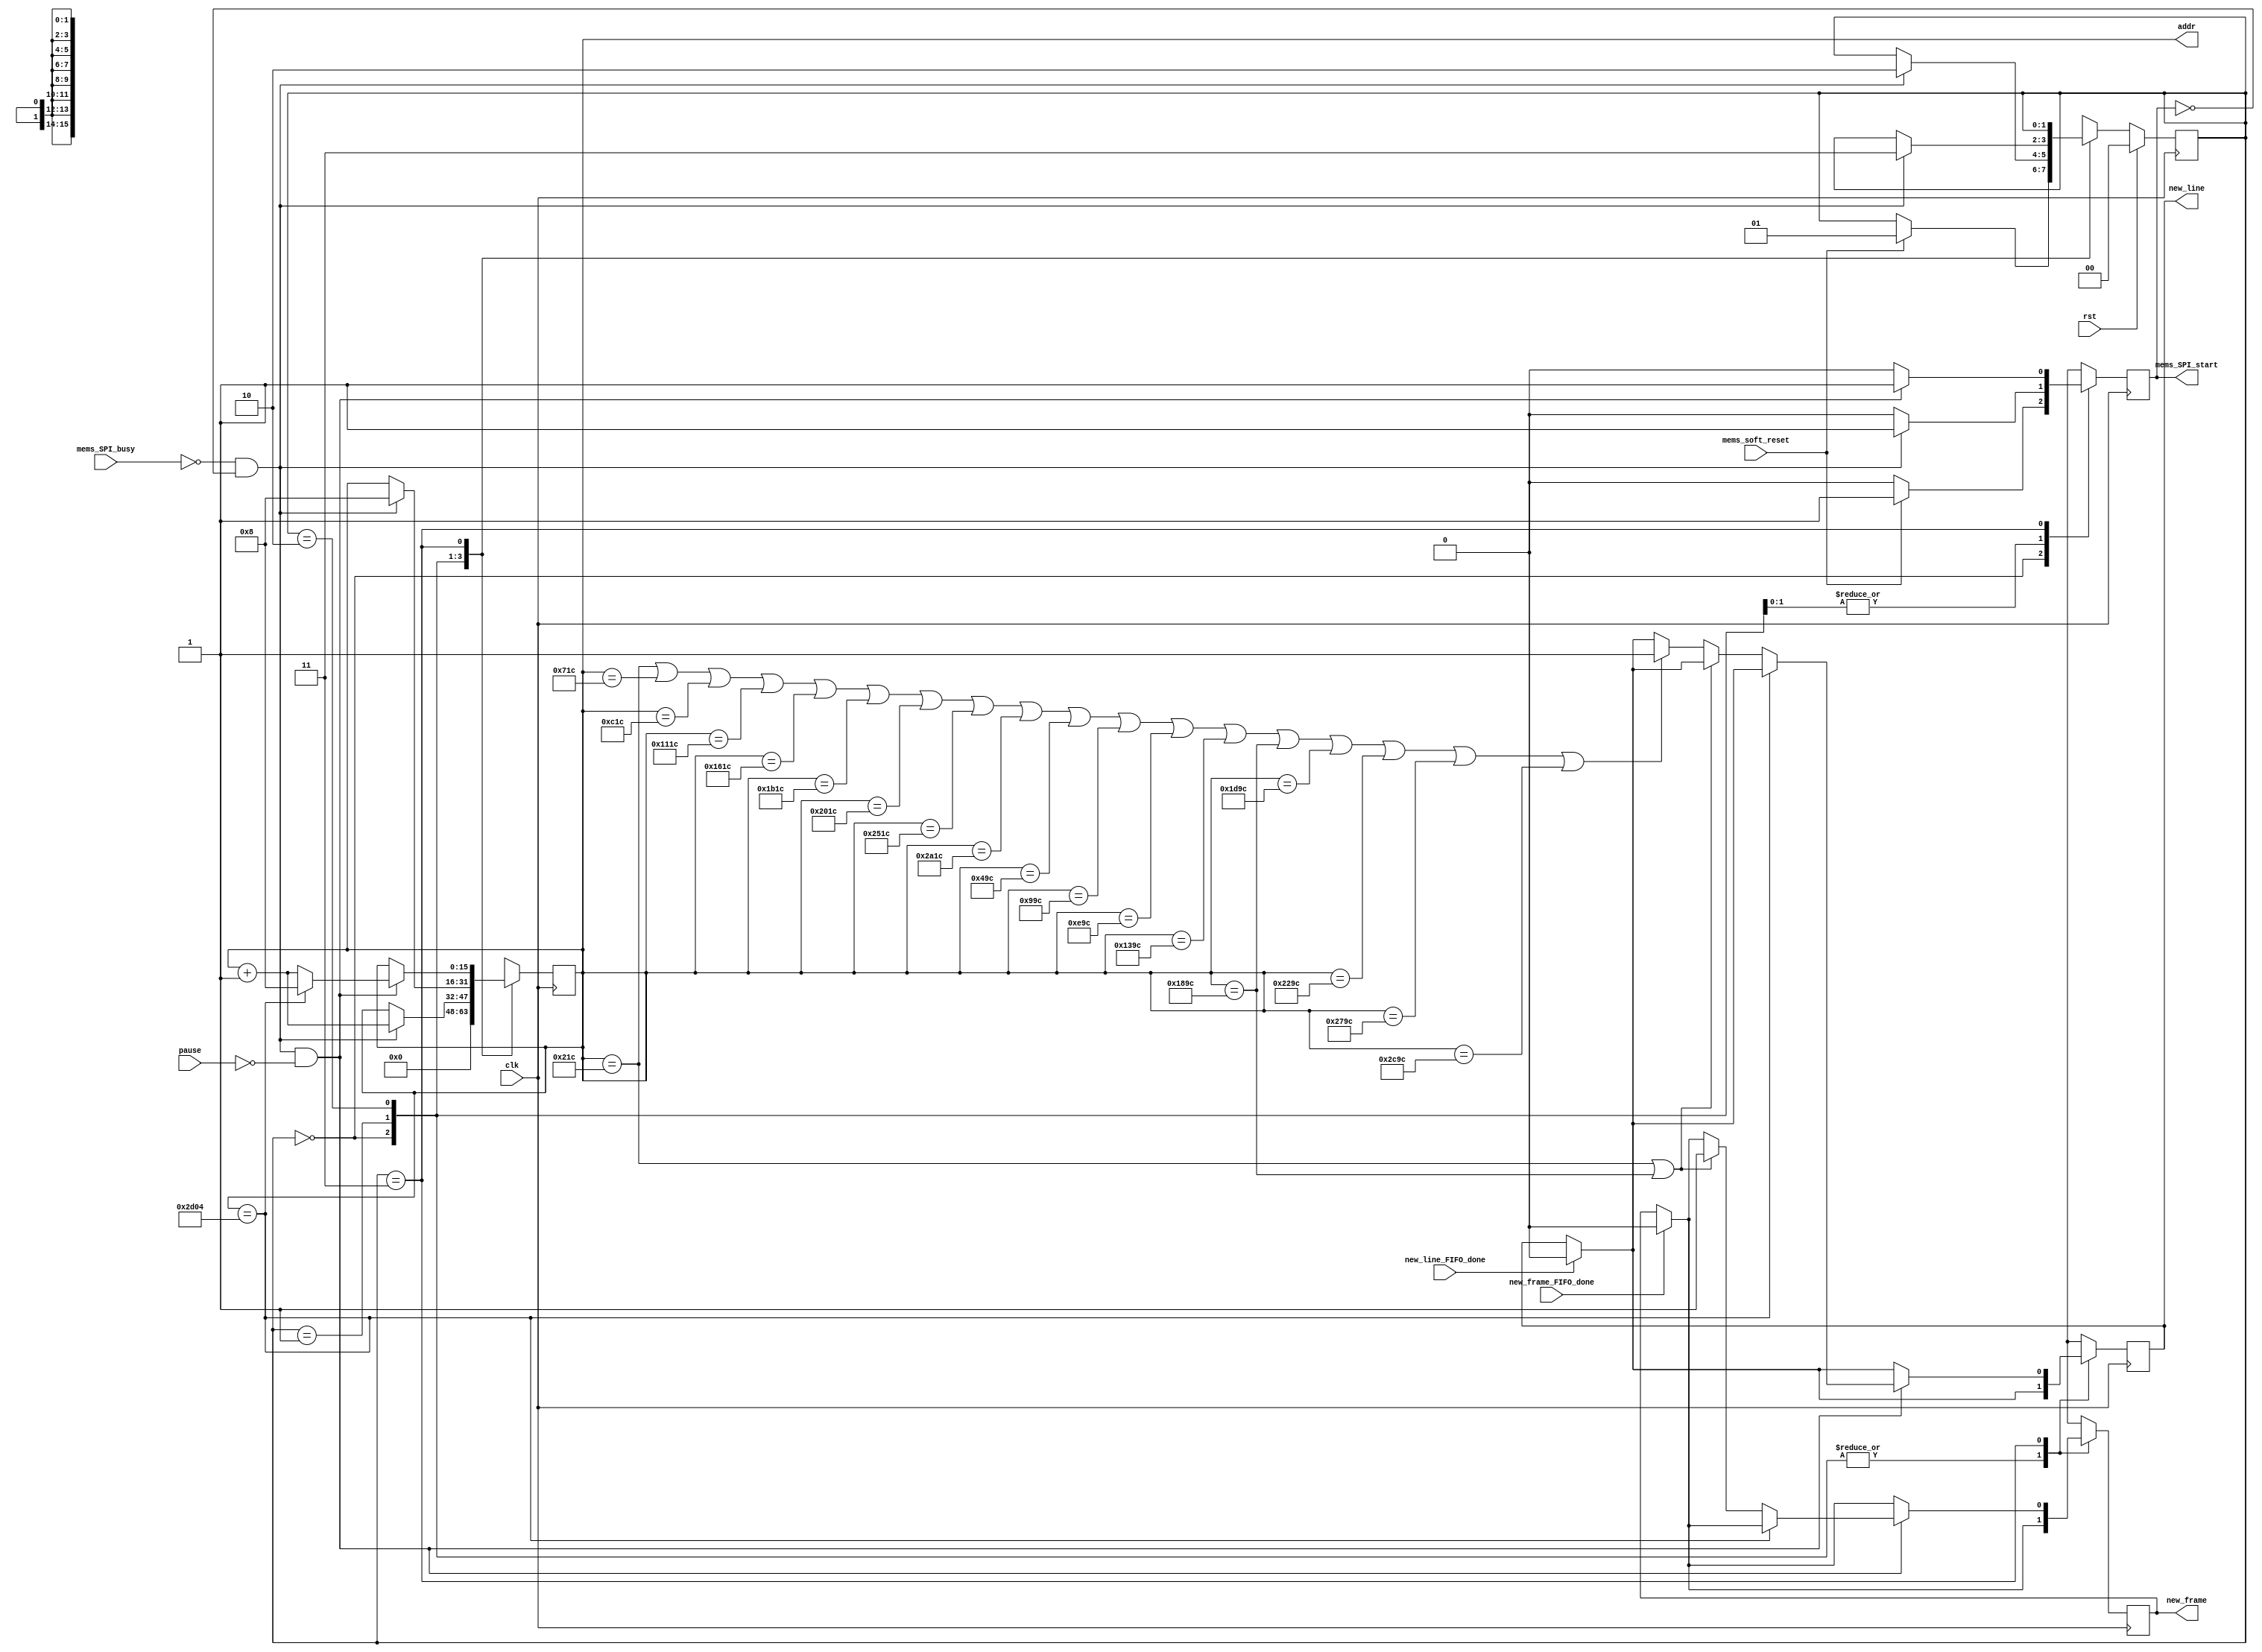
module mems_control_6 (
    // INPUT
    input clk,
    input rst,
    input pause,
    input mems_SPI_busy,
    input mems_soft_reset,
    input new_line_FIFO_done,
    input new_frame_FIFO_done,
    // input go_home,

    // OUTPUT
    output mems_SPI_start,
    // output [23:0] data_mosi,
    output new_line,
    output new_frame,
    output [15:0] addr
  );
  
  reg new_line_d, new_line_q;//=1'b0;
  reg new_frame_d, new_frame_q;//=1'b0;
  
  assign mems_SPI_start=mems_SPI_start_q;

  assign new_line = new_line_q;
  assign new_frame = new_frame_q;

  assign addr = addr_q;
  
  localparam STATE_SIZE = 2;
  localparam IDLE = 2'd0,
    SOFTWARE_RESET = 2'd1,
    VREF_SETUP = 2'd2,
    SET_CHANNEL = 2'd3;
 
  reg [STATE_SIZE-1:0] state_d, state_q;
  reg [15:0] addr_d, addr_q;
  reg mems_SPI_start_d, mems_SPI_start_q; 

  reg play_d, play_q;
  wire rom_scan_is_done;




  always @(*) begin

    // if (new_line_FIFO_done==1'b1 && new_line_q==1'b1) begin
    if (new_line_FIFO_done==1'b1) begin
      new_line_d=1'b0; // latch here is not fine (if at the same time 2 modules -> problem)
    end else begin
      new_line_d = new_line_q;
    end

    if (new_frame_FIFO_done==1'b1) begin
      new_frame_d=1'b0; // latch here is not fine
    end else begin
      new_frame_d = new_frame_q;
    end

    state_d = state_q; // default values
    addr_d = addr_q;   // needed to prevent latches
    play_d = play_q;

    case (state_q)
      IDLE: begin
        addr_d = 4'b0;
        mems_SPI_start_d=1'b0;
        if (mems_soft_reset==1'b1) begin
          state_d = SOFTWARE_RESET;
          mems_SPI_start_d=1'b1;
        end
      end // IDLE

      SOFTWARE_RESET: begin
        mems_SPI_start_d=1'b0;
        if (!mems_SPI_busy && mems_SPI_start_q == 1'b0) begin 
          addr_d=addr_q+1'b1;
          state_d = VREF_SETUP;
          mems_SPI_start_d = 1'b1;
        end
      end // SOFTWARE_RESET

      VREF_SETUP: begin // we hav problem with DAC, change its ref voltage from external to internal and vice versa -> have to send command for external one all time.
        mems_SPI_start_d=1'b0;
        if (!mems_SPI_busy && mems_SPI_start_q == 1'b0) begin 
          addr_d = 16'd8;//addr_q + 1'b1; // will be 2 in SET_CHANNEL
          state_d = SET_CHANNEL;
          mems_SPI_start_d = 1'b1;
        end
      end // VREF_SETUP

      SET_CHANNEL: begin
                play_d=1'b0;
                mems_SPI_start_d = 1'b0;

                if ((!mems_SPI_busy && mems_SPI_start_q == 1'b0) && pause==1'b0) begin 
                    mems_SPI_start_d = 1'b1;    

                    // begin from the beginning if end reached.         
                    // if (rom_scan_is_done==1'b1) begin
                    


                    if (addr_q==16'd11524) begin
                    // if (addr_q==16'd15844) begin
                         addr_d = 16'd8;  
                    end else begin
                    
// if (addr_q == 16'd623 || addr_q==16'd8623) begin
// if (addr_q == 16'd226 || addr_q==16'd3826) begin
if (addr_q == 16'd540 || addr_q==16'd6300) begin

// if (addr_q == 16'd164) begin // 6495 no overflow at all1! 6490 also no overf.

                        // if (addr_q == 16'd164 || addr_q == 16'd4964) begin // || addr_q==16'd4941) begin // 6495 no overflow at all1! 6490 also no overf.

                            new_frame_d = 1'b1;
                        end else 
// if (addr_q == 16'd562 || addr_q == 16'd2322 || addr_q == 16'd4082 || addr_q == 16'd5842 || addr_q == 16'd7602 || addr_q == 16'd1442 || addr_q == 16'd3202 || addr_q == 16'd4962 || addr_q == 16'd6722 || addr_q==16'd8482) begin
// if (addr_q == 16'd623 || addr_q == 16'd2223 || addr_q == 16'd3823 || addr_q == 16'd5423 || addr_q == 16'd7023 || addr_q == 16'd8623 || addr_q == 16'd10223 || addr_q == 16'd11823 || addr_q == 16'd13423 || addr_q == 16'd15023 || addr_q == 16'd1423 || addr_q == 16'd3023 || addr_q == 16'd4623 || addr_q == 16'd6223 || addr_q == 16'd7823 || addr_q == 16'd9423 || addr_q == 16'd11023 || addr_q == 16'd12623 || addr_q == 16'd14223 || addr_q==16'd15823) begin





// if (addr_q == 16'd436 || addr_q == 16'd1716 || addr_q == 16'd2996 || addr_q == 16'd4276 || addr_q == 16'd5556 || addr_q == 16'd6836 || addr_q == 16'd8116 || addr_q == 16'd9396 || addr_q == 16'd10676 || addr_q == 16'd1076 || addr_q == 16'd2356 || addr_q == 16'd3636 || addr_q == 16'd4916 || addr_q == 16'd6196 || addr_q == 16'd7476 || addr_q == 16'd8756 || addr_q == 16'd10036 || addr_q==16'd11316) begin
// if (addr_q == 16'd528 || addr_q == 16'd1808 || addr_q == 16'd3088 || addr_q == 16'd4368 || addr_q == 16'd5648 || addr_q == 16'd6928 || addr_q == 16'd8208 || addr_q == 16'd9488 || addr_q == 16'd10768 || addr_q == 16'd1168 || addr_q == 16'd2448 || addr_q == 16'd3728 || addr_q == 16'd5008 || addr_q == 16'd6288 || addr_q == 16'd7568 || addr_q == 16'd8848 || addr_q == 16'd10128 || addr_q==16'd11408) begin
if (addr_q == 16'd540 || addr_q == 16'd1820 || addr_q == 16'd3100 || addr_q == 16'd4380 || addr_q == 16'd5660 || addr_q == 16'd6940 || addr_q == 16'd8220 || addr_q == 16'd9500 || addr_q == 16'd10780 || addr_q == 16'd1180 || addr_q == 16'd2460 || addr_q == 16'd3740 || addr_q == 16'd5020 || addr_q == 16'd6300 || addr_q == 16'd7580 || addr_q == 16'd8860 || addr_q == 16'd10140 || addr_q==16'd11420) begin
          


              new_line_d=1'b1;
                end 






                      addr_d = addr_q+1'b1;
                    end // if rom_scan_is_done








                end // new data
      end // SET_CHANNEL

      default: state_d = IDLE;
    endcase
  end
 



  always @(posedge clk) begin
    if (rst) begin
      state_q <= IDLE;
    end else begin
      state_q <= state_d;
    end

    new_line_q <= new_line_d; 
    new_frame_q <= new_frame_d; 
    
    mems_SPI_start_q <= mems_SPI_start_d;
    addr_q <= addr_d;
    play_q <= play_d;
  end
 
endmodule